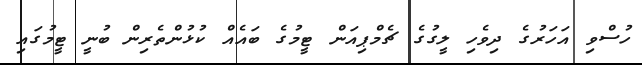
ހުސްވި އަހަރުގެ ދިވެހި ލީގުގެ ޗެމްޕިއަން ޓީމުގެ ބައެއް ކުޅުންތެރިން ބުނީ ޓީމުގައި